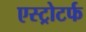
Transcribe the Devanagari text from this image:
एस्ट्रोटर्फ